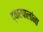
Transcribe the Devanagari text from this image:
द्वारपालांना